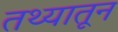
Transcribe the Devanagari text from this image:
तथ्यातून